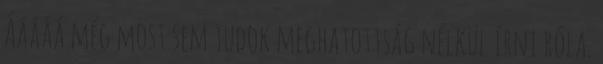
Ááááá még most sem tudok meghatottság nélkül írni róla.